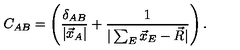
C _ { A B } = \left( \frac { \delta _ { A B } } { | \vec { x } _ { A } | } + \frac { 1 } { | \sum _ { E } \vec { x } _ { E } - \vec { R } | } \right) .